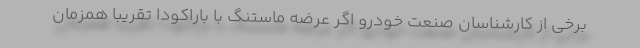
برخی از کارشناسان صنعت خودرو اگر عرضه ماستنگ با باراکودا تقریبا همزمان